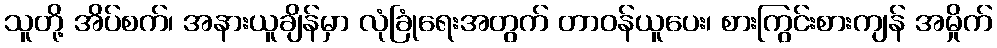
သူတို့ အိပ်စက်၊ အနားယူချိန်မှာ လုံခြုံရေးအတွက် တာဝန်ယူပေး၊ စားကြွင်းစားကျန် အမှိုက်